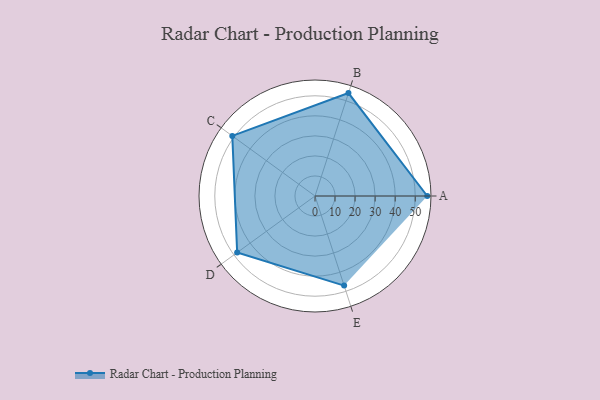
{"axis": {"x": "Skill", "y": "Score"}, "legend": ["Profile"], "data": [{"x": "A", "y": 56.0, "type": "Profile"}, {"x": "B", "y": 54.0, "type": "Profile"}, {"x": "C", "y": 51.0, "type": "Profile"}, {"x": "D", "y": 48.0, "type": "Profile"}, {"x": "E", "y": 47.0, "type": "Profile"}]}